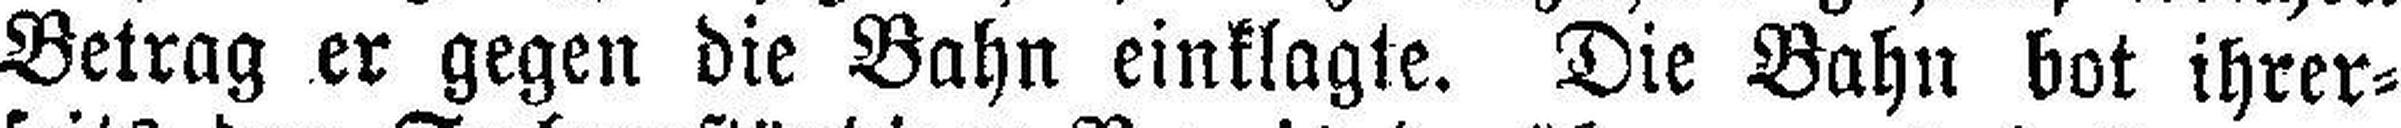
Betrag er gegen die Bahn einklagte. Die Bahn bot ihrer¬